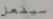
سيفعل